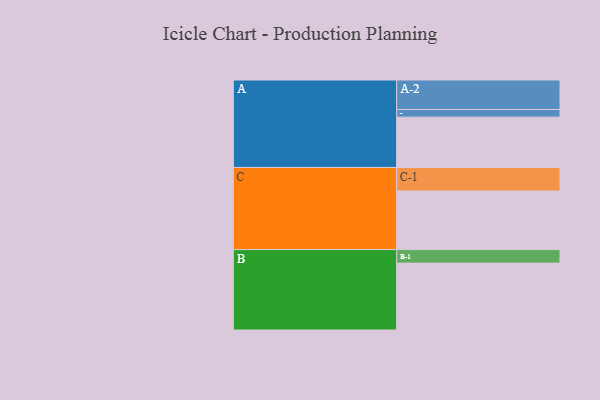
{"axis": {"x": "Segment", "y": "Value"}, "legend": ["", "A", "B", "C"], "data": [{"x": "A", "y": 450, "type": ""}, {"x": "B", "y": 598, "type": ""}, {"x": "C", "y": 524, "type": ""}, {"x": "A-1", "y": 68, "type": "A"}, {"x": "A-2", "y": 264, "type": "A"}, {"x": "B-1", "y": 121, "type": "B"}, {"x": "C-1", "y": 210, "type": "C"}]}